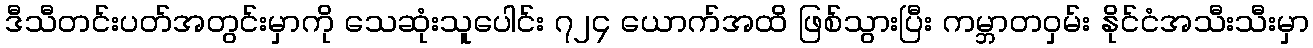
ဒီသီတင်းပတ်အတွင်းမှာကို သေဆုံးသူပေါင်း ၇၂၄ ယောက်အထိ ဖြစ်သွားပြီး ကမ္ဘာတဝှမ်း နိုင်ငံအသီးသီးမှာ